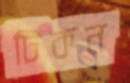
টিকন